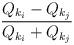
LaTeX: \begin{align*}{\frac{Q_{k_i}-Q_{k_j}}{Q_{k_i}+Q_{k_j}}}\end{align*}